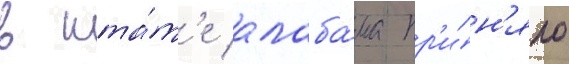
в шта́т'е алаба́ма пр'и́н'яло